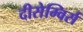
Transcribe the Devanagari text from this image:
दीसेम्विर्स